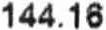
144.16